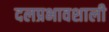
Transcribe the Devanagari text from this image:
दलप्रभावशाली